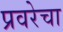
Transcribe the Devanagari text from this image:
प्रवरेचा